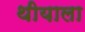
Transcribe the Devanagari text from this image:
थीयाला